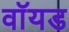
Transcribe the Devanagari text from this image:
वॉयड